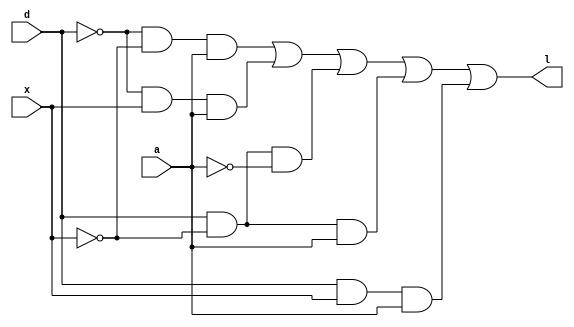
// This program was cloned from: https://github.com/mehedi37/Verilog_study
// License: MIT License

module cb1(
  input d, x, a,
  output l
);

  assign l = (~d) & (~x) & a | (~d) & x & a | d & (~x) & (~a) | d & (~x) & a | d & x & a;

endmodule